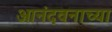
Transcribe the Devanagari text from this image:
आनंदवनाच्या